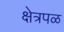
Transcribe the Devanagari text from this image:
क्षेत्रपळ